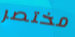
مختصر